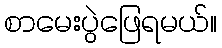
စာမေးပွဲဖြေရမယ်။